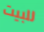
للبيت